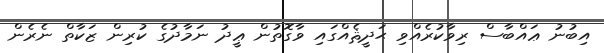
އިބުނު ޢައްބާސް ރިވާކުރެއްވި ޙަދީޘެއްގައި ވާގޮތުން ޢީދު ނަމާދުގެ ކުރިން ޒަކާތް ނެރެން